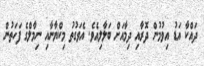
ދައްކާ އަޑު އިވުމުން ދޮރާއި ދިމާއަށް ބަލާލިއެވެ. އެވަގުތު މިކްޔާނާއި ނިމާލްގެ ފަހަތުން